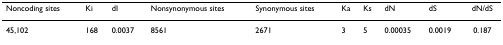
<table><thead><tr><td><b>Noncoding sites</b></td><td><b>Ki</b></td><td><b>dI</b></td><td><b>Nonsynonymous sites</b></td><td><b>Synonymous sites</b></td><td><b>Ka</b></td><td><b>Ks</b></td><td><b>dN</b></td><td><b>dS</b></td><td><b>dN/dS</b></td></tr></thead><tbody><tr><td>45,102</td><td>168</td><td>0.0037</td><td>8561</td><td>2671</td><td>3</td><td>5</td><td>0.00035</td><td>0.0019</td><td>0.187</td></tr></tbody></table>